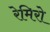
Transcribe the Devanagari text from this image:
रेमिरो